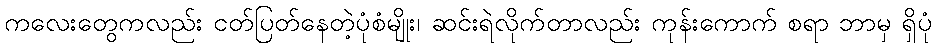
ကလေးတွေကလည်း ငတ်ပြတ်နေတဲ့ပုံစံမျိုး၊ ဆင်းရဲလိုက်တာလည်း ကုန်းကောက် စရာ ဘာမှ ရှိပုံ